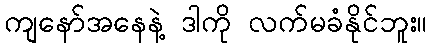
ကျနော်အနေနဲ့ ဒါကို လက်မခံနိုင်ဘူး။